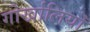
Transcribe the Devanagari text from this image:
गोर्खालियोँ